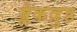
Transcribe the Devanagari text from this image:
ब्लैकव़ुड